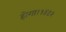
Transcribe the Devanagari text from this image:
होगा।१४९२